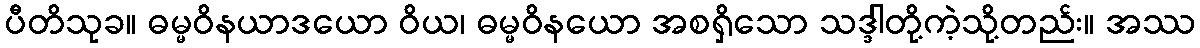
ပီတိသုခ။ ဓမ္မဝိနယာဒယော ဝိယ၊ ဓမ္မဝိနယော အစရှိသော သဒ္ဒါတို့ကဲ့သို့တည်း။ အဿ